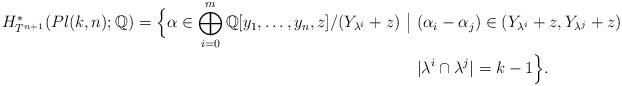
LaTeX: \begin{align*}H_{T^{n+1}}^{*}(Pl(k,n);\mathbb{Q})= \Big \{\alpha\in \bigoplus_{i=0}^m \mathbb{Q}[y_1,\dots, y_n,z]/(Y_{\lambda^i}+z)~\big{|}~&(\alpha_{i}-\alpha_{j})\in (Y_{\lambda^i}+z,Y_{\lambda^j}+z)\\ & |\lambda^i\cap \lambda^j|=k-1 \Big \}. \end{align*}